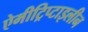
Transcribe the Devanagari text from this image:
ऐमीट्रिप्टाइलीन